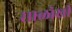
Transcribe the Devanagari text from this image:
साळोखी